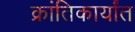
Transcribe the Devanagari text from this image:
क्रांतिकार्यांत